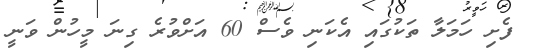
ފެށި ހަމަލާ ތަކުގައި އެކަނި ވެސް 60 އަށްވުރެ ގިނަ މީހުން ވަނީ